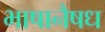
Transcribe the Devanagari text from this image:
भाषानैषध